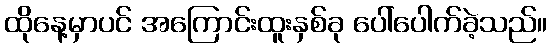
ထိုနေ့မှာပင် အကြောင်းထူးနှစ်ခု ပေါ်ပေါက်ခဲ့သည်။